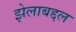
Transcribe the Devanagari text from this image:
झेलाबद्दल